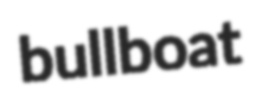
bullboat